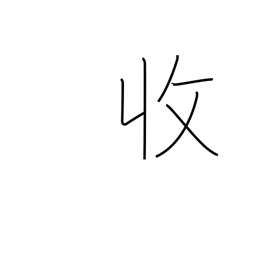
Meaning: income